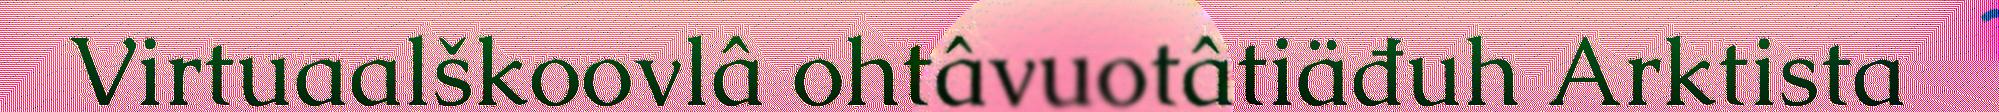
Virtuaalškoovlâ ohtâvuotâtiäđuh Arktista